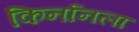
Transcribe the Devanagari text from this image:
किर्नानला